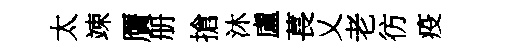
太竦贋册搶沐盧萇乂老彷疫